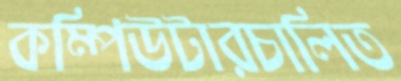
কম্পিউটারচালিত